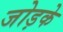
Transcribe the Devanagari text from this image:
जोड़के